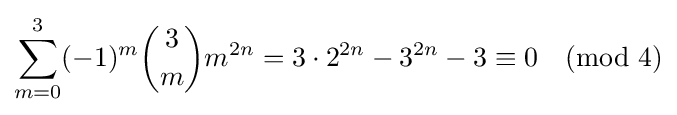
\sum _{m=0}^{3}(-1)^{m}{\binom {3}{m}}m^{2n}=3\cdot 2^{2n}-3^{2n}-3\equiv 0{\pmod {4}}